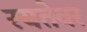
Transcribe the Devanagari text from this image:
रयतेवर